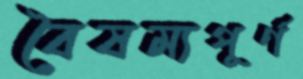
বৈষম্যপূর্ণ